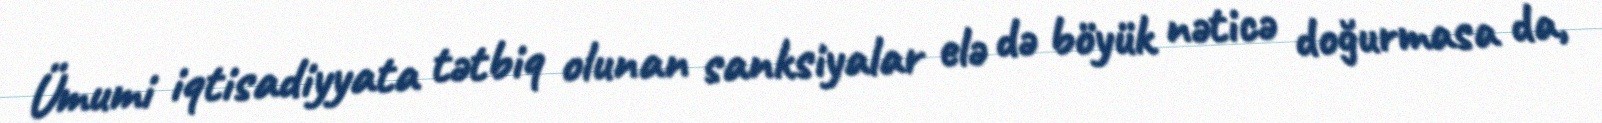
Ümumi iqtisadiyyata tətbiq olunan sanksiyalar elə də böyük nəticə doğurmasa da,